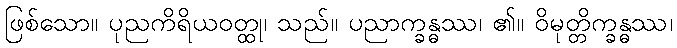
ဖြစ်သော။ ပုညကိရိယဝတ္ထု၊ သည်။ ပညာက္ခန္ဓဿ၊ ၏။ ဝိမုတ္တိက္ခန္ဓဿ၊